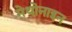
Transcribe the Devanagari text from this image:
मेथोनाइन